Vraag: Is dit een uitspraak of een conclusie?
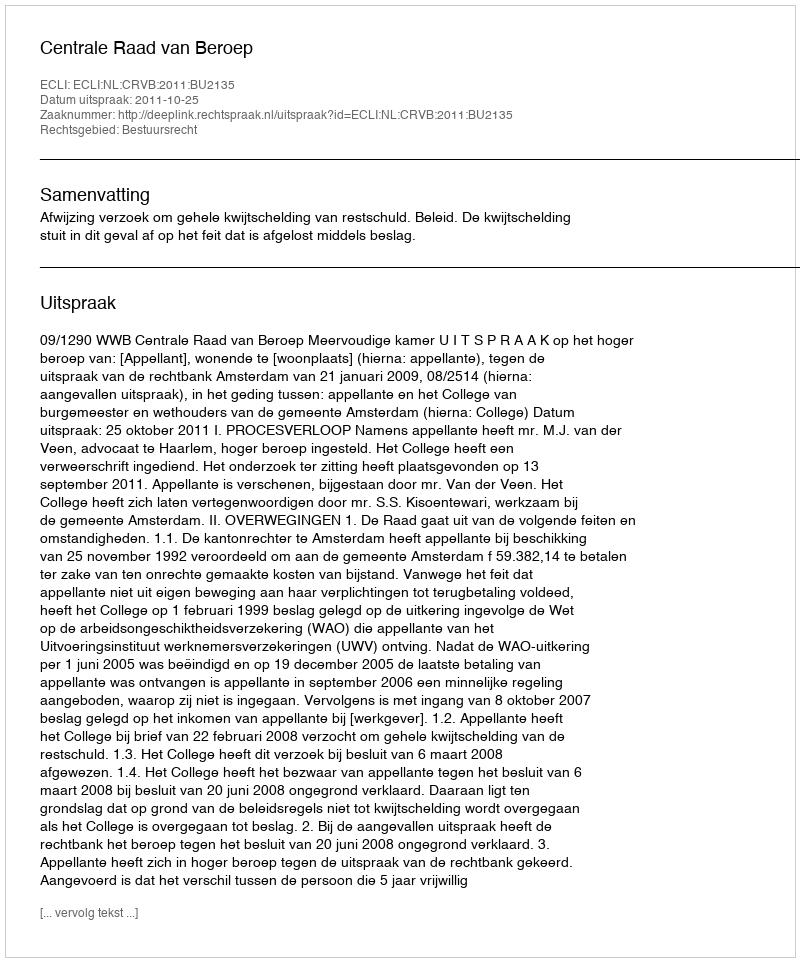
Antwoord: Uitspraak